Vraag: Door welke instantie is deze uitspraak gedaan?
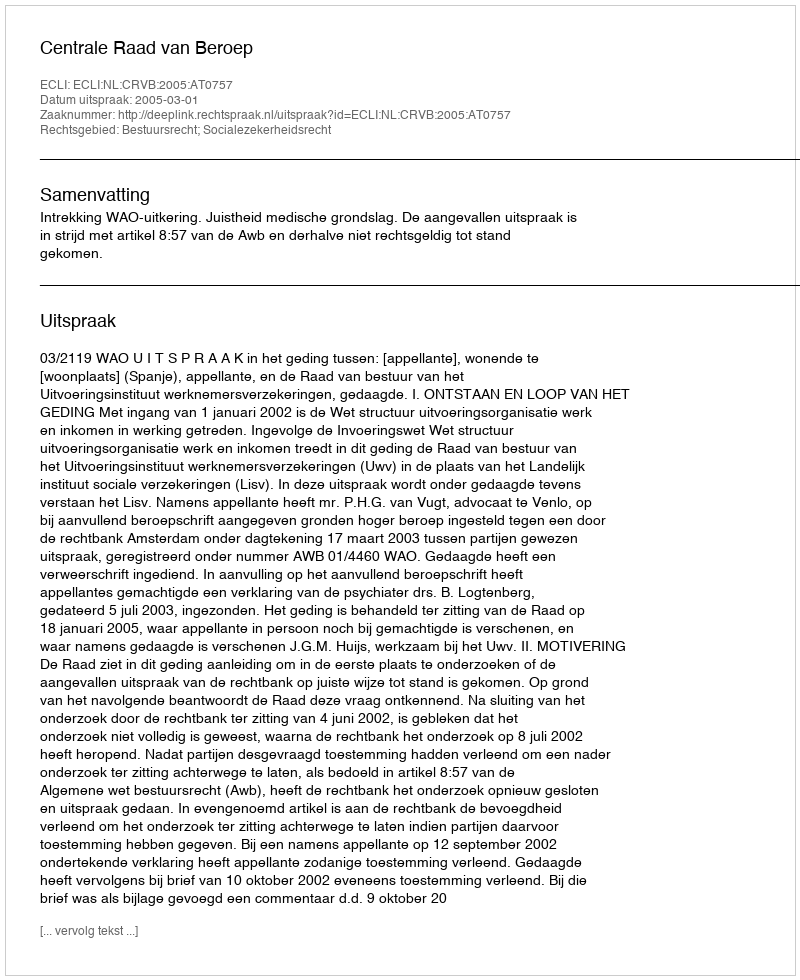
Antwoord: Centrale Raad van Beroep